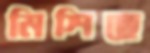
মিশিছে